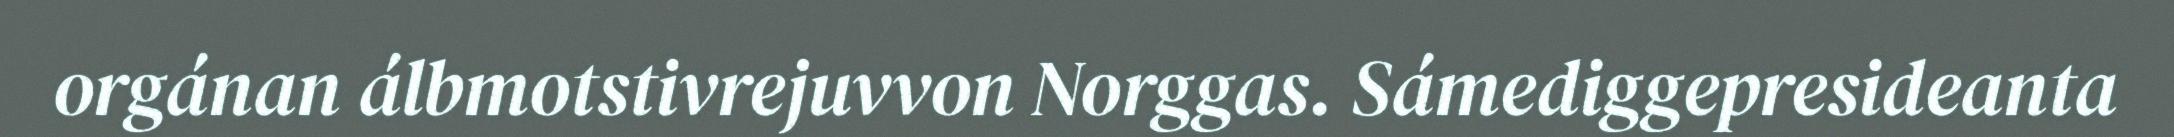
orgánan álbmotstivrejuvvon Norggas. Sámediggepresideanta